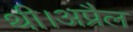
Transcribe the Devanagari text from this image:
थी।अप्रैल